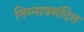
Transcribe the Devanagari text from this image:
निम्नावमंदित